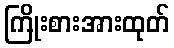
ကြိုးစားအားထုတ်